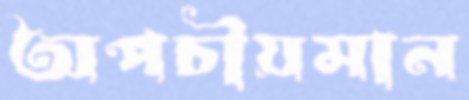
অপচীয়মান